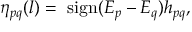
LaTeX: \eta _ { p q } ( l ) = \mathrm { ~ s i g n } ( E _ { p } - E _ { q } ) h _ { p q } ,